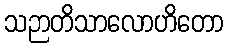
သဉာတိသာလောဟိတော